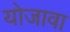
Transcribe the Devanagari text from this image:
योजावा